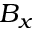
B _ { x }